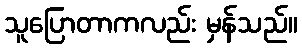
သူပြောတာကလည်း မှန်သည်။